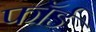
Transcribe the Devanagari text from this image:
फॉर्ड